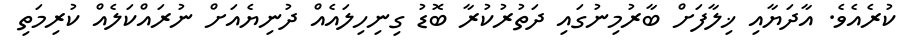
ކުރެއެވެ. އާދަޔާއި ޚިލާފަށް ބާރުމިނުގައި ދަތުރުކުރާ ބޮޑު ގިނިހިލައެއް ދުނިޔެއަށް ނުރައްކަލެއް ކުރިމަތި